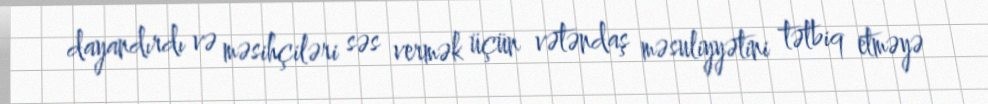
dayandırdı və məsihçiləri səs vermək üçün vətəndaş məsuliyyətini tətbiq etməyə